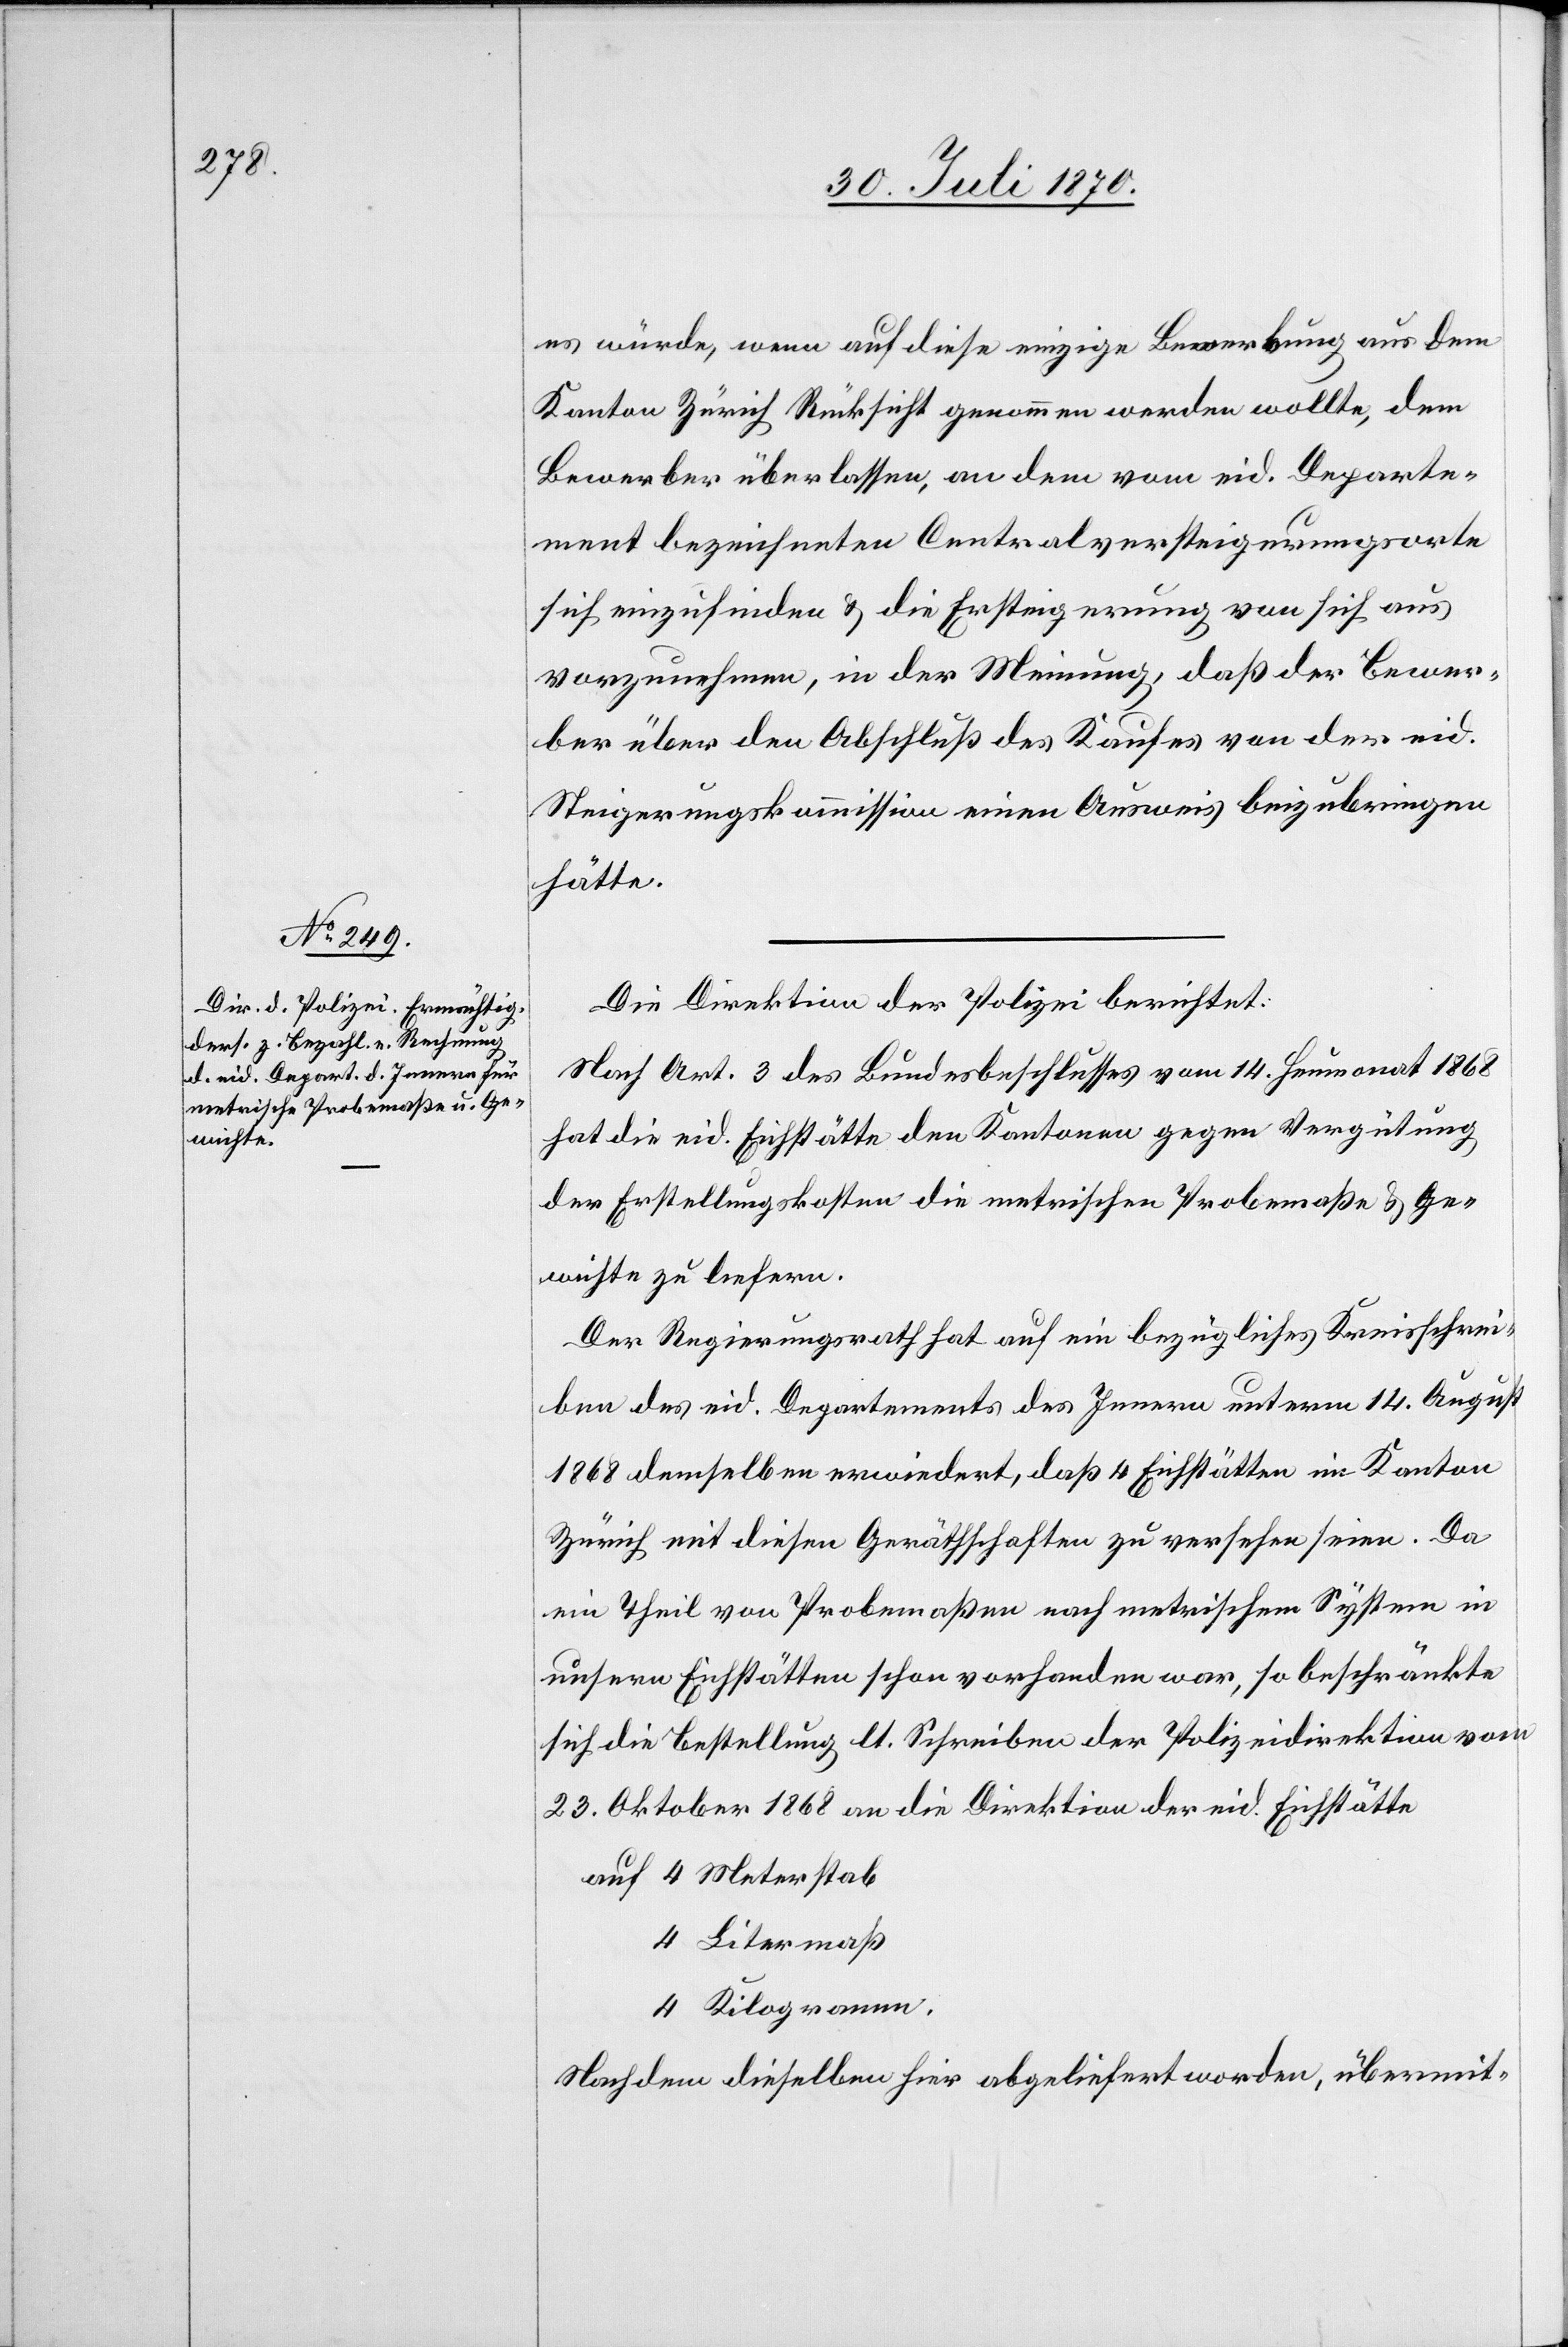
es würde, wenn auf diese einzige Bewerbung aus dem
Kanton Zürich Rücksicht genommen werden wollte, dem
Bewerber überlassen, an dem vom eid. Departe¬
ment bezeichneten Centralversteigerungsorte
sich einzufinden & die Ersteigerung von sich aus
vorzunehmen, in der Meinung, daß der Bewer¬
ber über den Abschluß des Kaufes von der eid.
Steigerungskommission einen Ausweis beizubringen
hätte.
Die Direktion der Polizei berichtet:
Nach Art. 3 des Bundesbeschlusses vom 14. Heumonat 1868
hat die eid. Eichstätte den Kantonen gegen Vergütung
der Erstellungskosten die metrischen Probemaße & Ge¬
wichte zu liefern.
Der Regierungsrath hat auf ein bezügliches Kreisschrei¬
ben des eid. Departements des Innern unterm 14. August
1868 demselben erwiedert, daß 4 Eichstätten im Kanton
Zürich mit diesen Geräthschaften zu versehen seien. Da
ein Theil von Probemaßen nach metrischem System in
unsern Eichstätten schon vorhanden war, so beschränkte
sich die Bestellung lt. Schreiben der Polizeidirektion vom
23. Oktober 1868 an die Direktion der eid. Eichstätte
Litermaß
Nachdem dieselben hier abgeliefert worden, übermit-